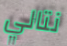
نتالي